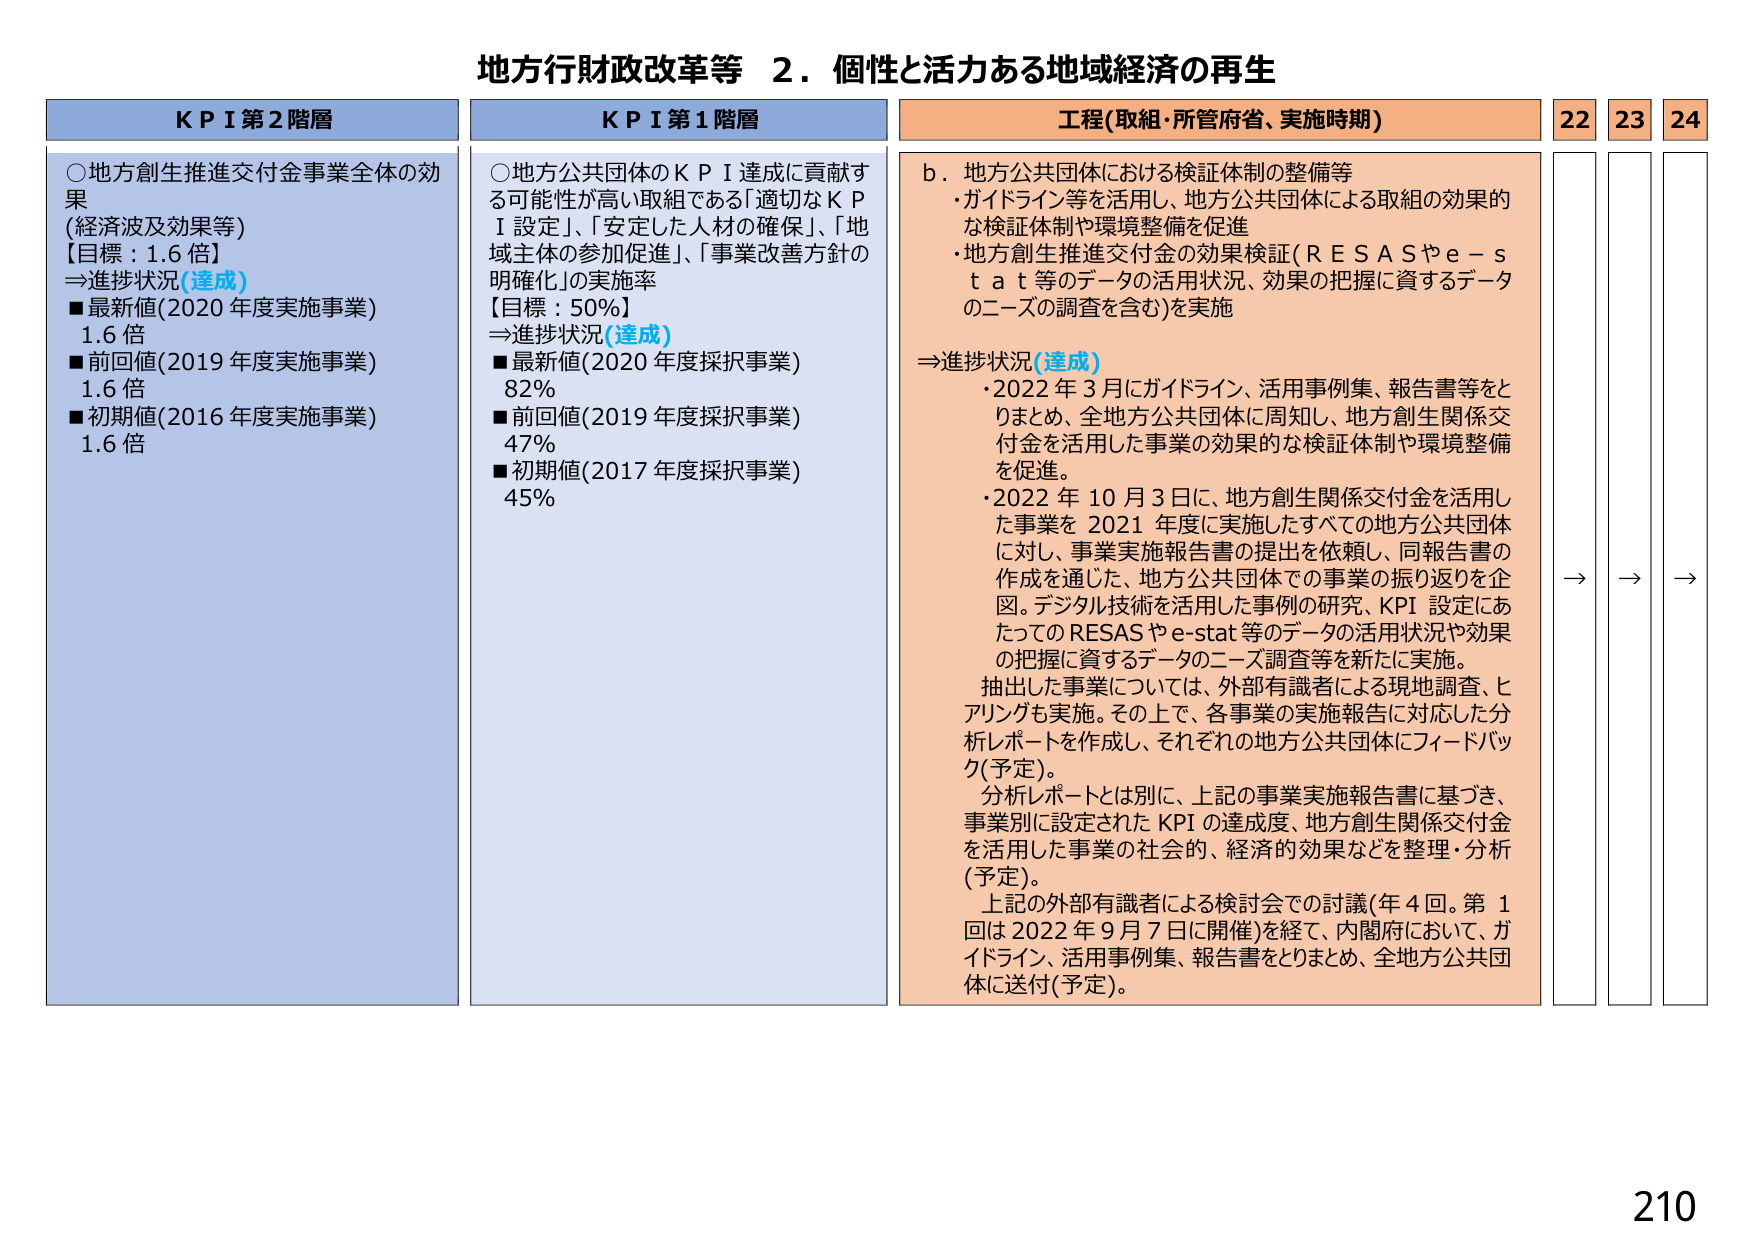
地方行財政改革等　２．個性と活力ある地域経済の再生

ＫＰＩ第２階層
○地方創生推進交付金事業全体の効果
（経済波及効果等）
【目標：1.6倍】
⇒進捗状況（達成）
■最新値（2020年度実施事業）　1.6倍
■前回値（2019年度実施事業）　1.6倍
■初期値（2016年度実施事業）　1.6倍

ＫＰＩ第１階層
○地方公共団体のＫＰＩ達成に貢献する可能性が高い取組である「適切なＫＰＩ設定」、「安定した人材の確保」、「地域主体の参加促進」、「事業改善方針の明確化」の実施率
【目標：50％】
⇒進捗状況（達成）
■最新値（2020年度採択事業）　82％
■前回値（2019年度採択事業）　47％
■初期値（2017年度採択事業）　45％

工程（取組・所管府省、実施時期）
ｂ．地方公共団体における検証体制の整備等
・ガイドライン等を活用し、地方公共団体による取組の効果的な検証体制や環境整備を促進
・地方創生推進交付金の効果検証（ＲＥＳＡＳやｅ－ｓｔａｔ等のデータの活用状況、効果の把握に資するデータのニーズの調査を含む）を実施

⇒進捗状況（達成）
・2022年3月にガイドライン、活用事例集、報告書等をとりまとめ、全地方公共団体に周知し、地方創生関係交付金を活用した事業の効果的な検証体制や環境整備を促進。
・2022年10月3日に、地方創生関係交付金を活用した事業を2021年度に実施したすべての地方公共団体に対し、事業実施報告書の提出を依頼し、同報告書の作成を通じた、地方公共団体での事業の振り返りを企図。デジタル技術を活用した事例の研究、ＫＰＩ設定にあたってのＲＥＳＡＳやｅ－ｓｔａｔ等のデータの活用状況や効果の把握に資するデータのニーズ調査等を新たに実施。
抽出した事業については、外部有識者による現地調査、ヒアリングも実施。その上で、各事業の実施報告に対応した分析レポートを作成し、それぞれの地方公共団体にフィードバック（予定）。
分析レポートとは別に、上記の事業実施報告書に基づき、事業別に設定されたＫＰＩの達成度、地方創生関係交付金を活用した事業の社会的、経済的効果などを整理・分析（予定）。
上記の外部有識者による検討会での討議（年4回。第1回は2022年9月7日に開催）を経て、内閣府において、ガイドライン、活用事例集、報告書をとりまとめ、全地方公共団体に送付（予定）。

22　23　24
→　→　→

210